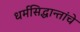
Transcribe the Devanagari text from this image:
धर्मसिद्धान्तांचे